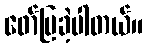
ဖော်ပြခဲ့ပါတယ်။